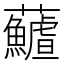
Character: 𩼻